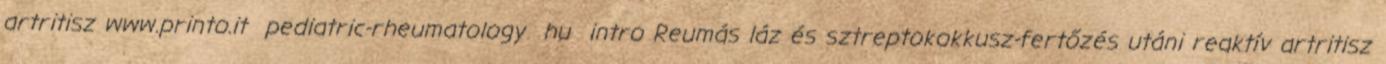
artritisz www.printo.it pediatric-rheumatology hu intro Reumás láz és sztreptokokkusz-fertőzés utáni reaktív artritisz